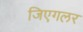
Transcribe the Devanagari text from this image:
जिएगलर